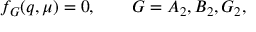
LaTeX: f _ { G } ( q , \mu ) = 0 , \qquad G = A _ { 2 } , B _ { 2 } , G _ { 2 } ,